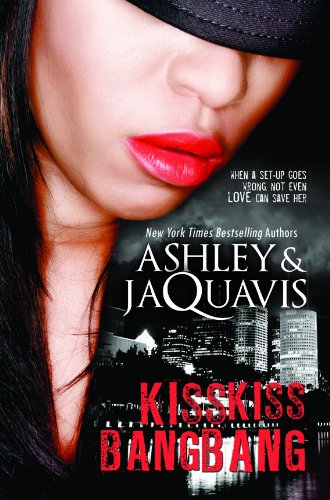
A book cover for Kiss Kiss, Bang Bang (Urban Books); Ashley and JaQuavis; Literature & Fiction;